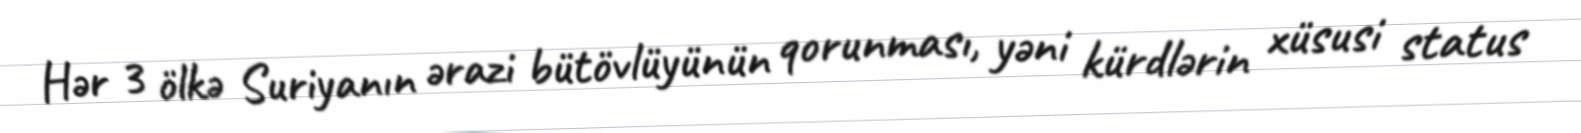
Hər 3 ölkə Suriyanın ərazi bütövlüyünün qorunması, yəni kürdlərin xüsusi status